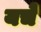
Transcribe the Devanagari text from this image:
यचे